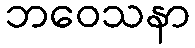
ဘဝေသနာ